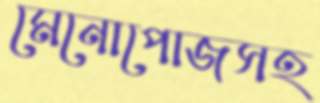
মেনোপোজসহ